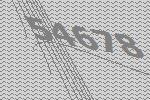
54678